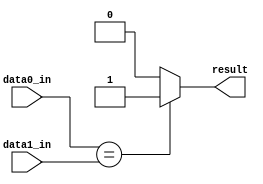
module equal(data0_in,data1_in,result);

input [31:0] data0_in, data1_in;
output result;

assign result = (data0_in == data1_in) ? 1 : 0 ;

endmodule